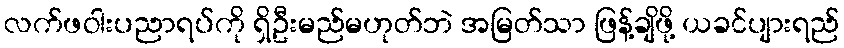
လက်ဖဝါးပညာရပ်ကို ရှိဦးမည်မဟုတ်ဘဲ အမြတ်သာ ဖြန့်ချိဖို့ ယခင်ပျားရည်